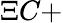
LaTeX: \Xi C+